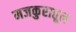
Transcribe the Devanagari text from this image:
मजकुरातून